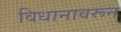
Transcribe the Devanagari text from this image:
विधानावरून